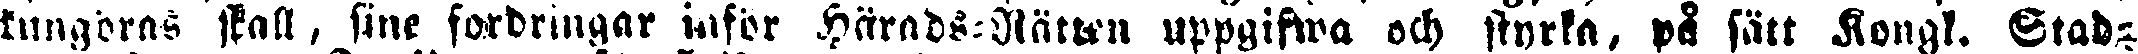
kungöras skall, sine fordringar ingör Härads-Rätten uppgifwa och styrka, på sätt Kongl. Stad-